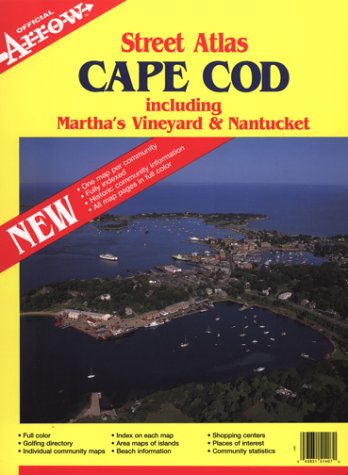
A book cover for Cape Cod Street Atlas-Including Martha's Vineyard & Nantucket (Official Arrow Street Atlas); Travel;